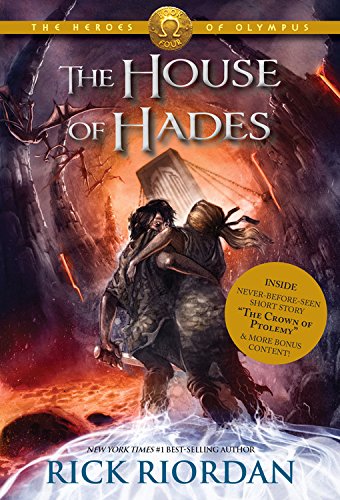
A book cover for The House of Hades (Heroes of Olympus, The, Book Four) (The Heroes of Olympus); Rick Riordan; Children's Books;